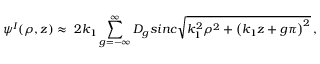
\psi ^ { I } ( \rho , z ) \approx \ 2 k _ { 1 } \sum _ { g = - \infty } ^ { \infty } D _ { g } s i n c \sqrt { k _ { 1 } ^ { 2 } \rho ^ { 2 } + \left( k _ { 1 } z + g \pi \right) ^ { 2 } } \, ,